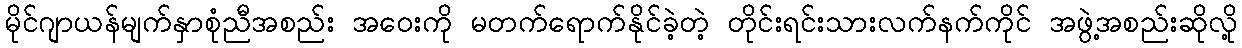
မိုင်ဂျာယန်မျက်နှာစုံညီအစည်း အဝေးကို မတက်ရောက်နိုင်ခဲ့တဲ့ တိုင်းရင်းသားလက်နက်ကိုင် အဖွဲ့အစည်းဆိုလို့